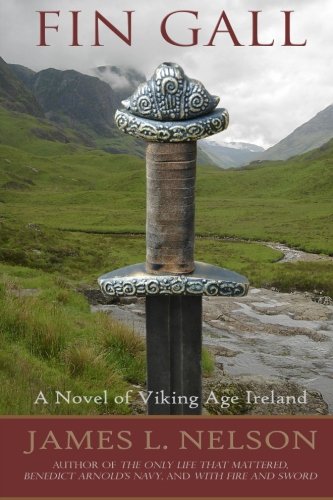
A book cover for Fin Gall: A Novel of Viking Age Ireland (The Norsemen Saga) (Volume 1); James L. Nelson; Mystery, Thriller & Suspense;